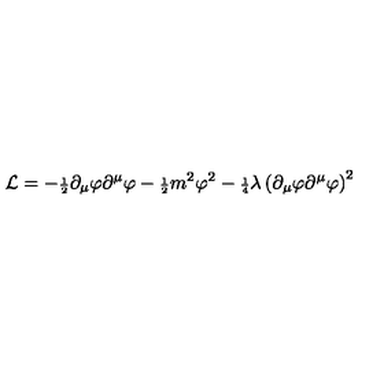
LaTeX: { \cal L } = - { \scriptstyle \frac { 1 } { 2 } } \partial _ { \mu } \varphi \partial ^ { \mu } \varphi - { \scriptstyle \frac { 1 } { 2 } } m ^ { 2 } \varphi ^ { 2 } - { \scriptstyle \frac { 1 } { 4 } } \lambda \left( \partial _ { \mu } \varphi \partial ^ { \mu } \varphi \right) ^ { 2 }